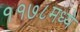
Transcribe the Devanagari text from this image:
११७८मध्ये